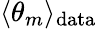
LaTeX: \langle\theta_{m}\rangle_{\mathrm{data}}